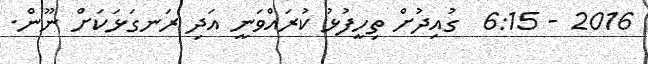
2016 - 6:15  ގުއިދުށް ތިހީފުޅު ކުރައްްވަނީ އަދި ރަނގަޅަކަށް ނޫން.